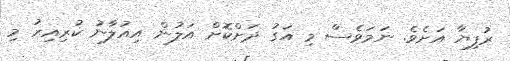
ރުފިޔާ އަށެވެ. ނަމަވެސް މި އަގު ދަށްކޮށް އަލުން އިއުލާނު ކުރިއިރު މި